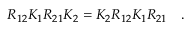
R _ { 1 2 } K _ { 1 } R _ { 2 1 } K _ { 2 } = K _ { 2 } R _ { 1 2 } K _ { 1 } R _ { 2 1 } \quad .